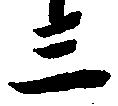
三